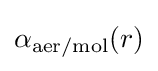
\alpha _{\mathrm {aer/mol} }(r)